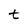
Character: t